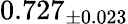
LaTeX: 0.727_{\pm 0.023}